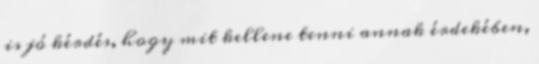
is jó kérdés, hogy mit kellene tenni annak érdekében,